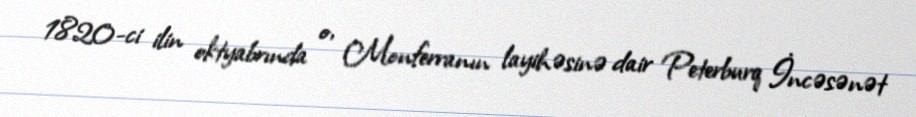
1820-ci ilin oktyabrında o, Monferranın layihəsinə dair Peterburq İncəsənət